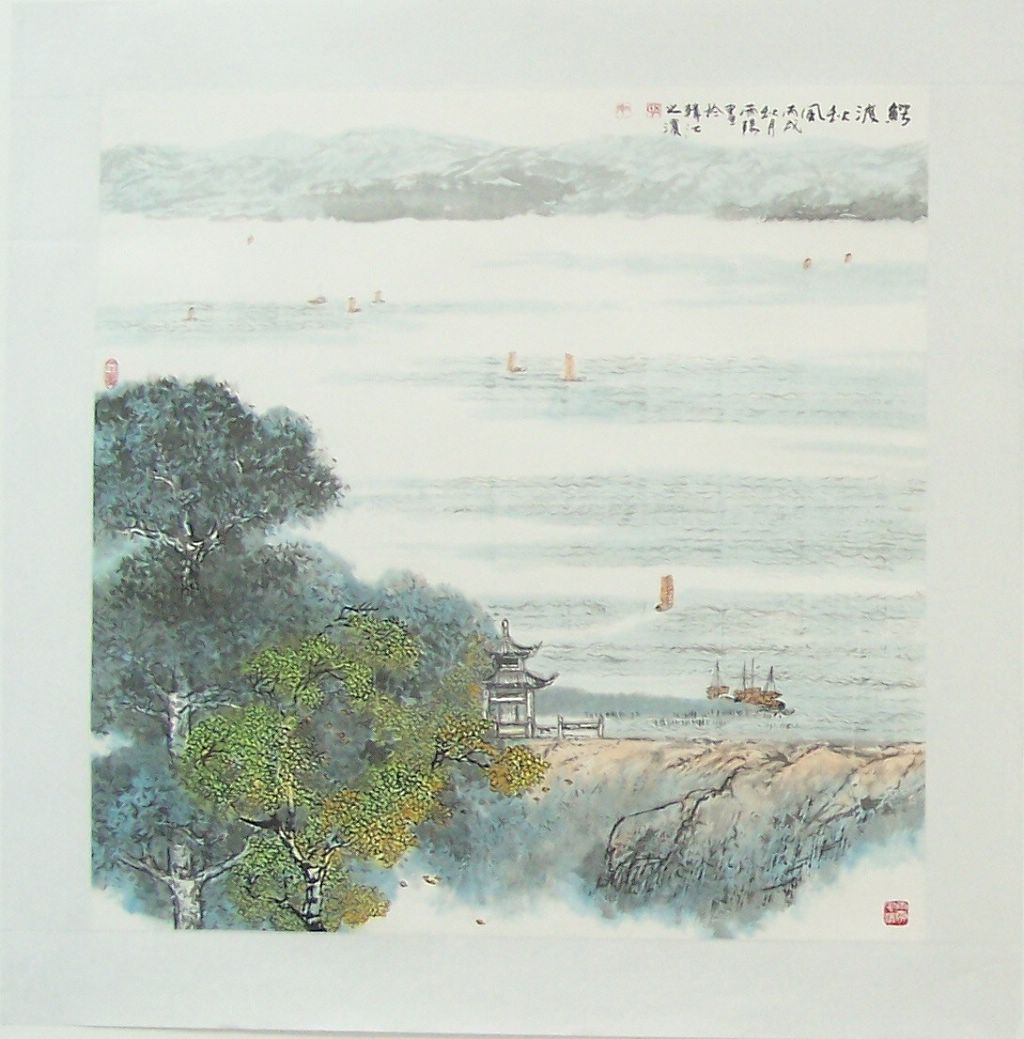
寺忆曾游处，桥怜再渡时。